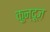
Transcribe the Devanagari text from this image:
क़ुन्दूज़